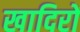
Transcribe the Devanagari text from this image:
खादिरों